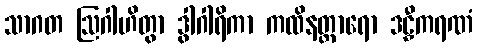
သာဂတ ဩဂါဟိတွာ ဒွါဂါရိကာ ကထိနတ္ထာရော ဒဠှီကရဏံ